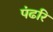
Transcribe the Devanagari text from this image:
पंढरि